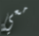
معي